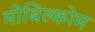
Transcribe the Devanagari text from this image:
मोबिल्कोम